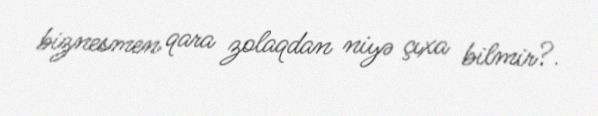
biznesmen qara zolaqdan niyə çıxa bilmir?.